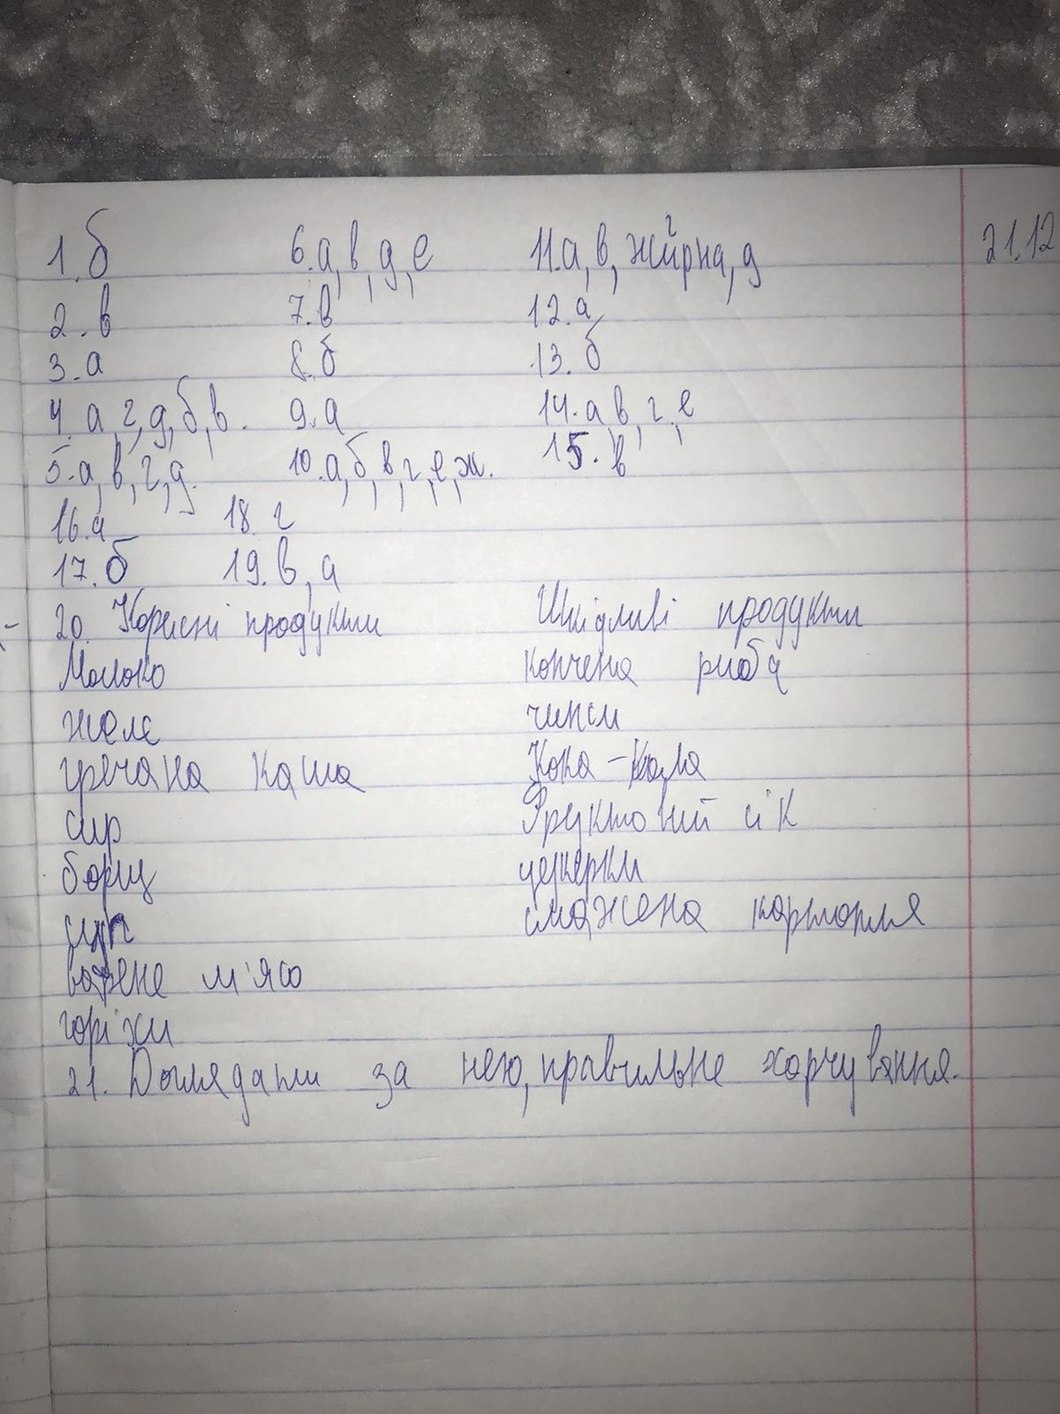
21.12
1. б
г
6. a, в, д, e
11.а, в, жирна, д
2. в
7. в
12. a
13.б
8. б
3. a
4. а, г, д, б, в.
14. а,в,г,е
9. а
15. в
10. а, б, в, г, е, ж.
5. а, в, г, д.
18. г
16. a
17. б
19. в, а
Шкілливі продукти
20. Корисні продукти
копчена риба
Молоко
желе
чипси
Кока-кола
гречана каша
Фруктовий сік
сир
цукерки
борщ
смажена картопля
суп
варене м'ясо
горіхи
21. Доглядати за нею, правильне харчування.